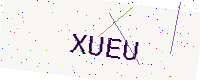
Text: XUEU